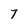
Character: 7